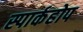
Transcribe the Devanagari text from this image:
स्पार्कहोप